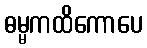
ဓမ္မကထိကောပေ